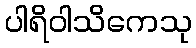
ပါရိဝါသိကေသု